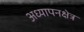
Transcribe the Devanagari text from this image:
अध्यापनक्षेत्र